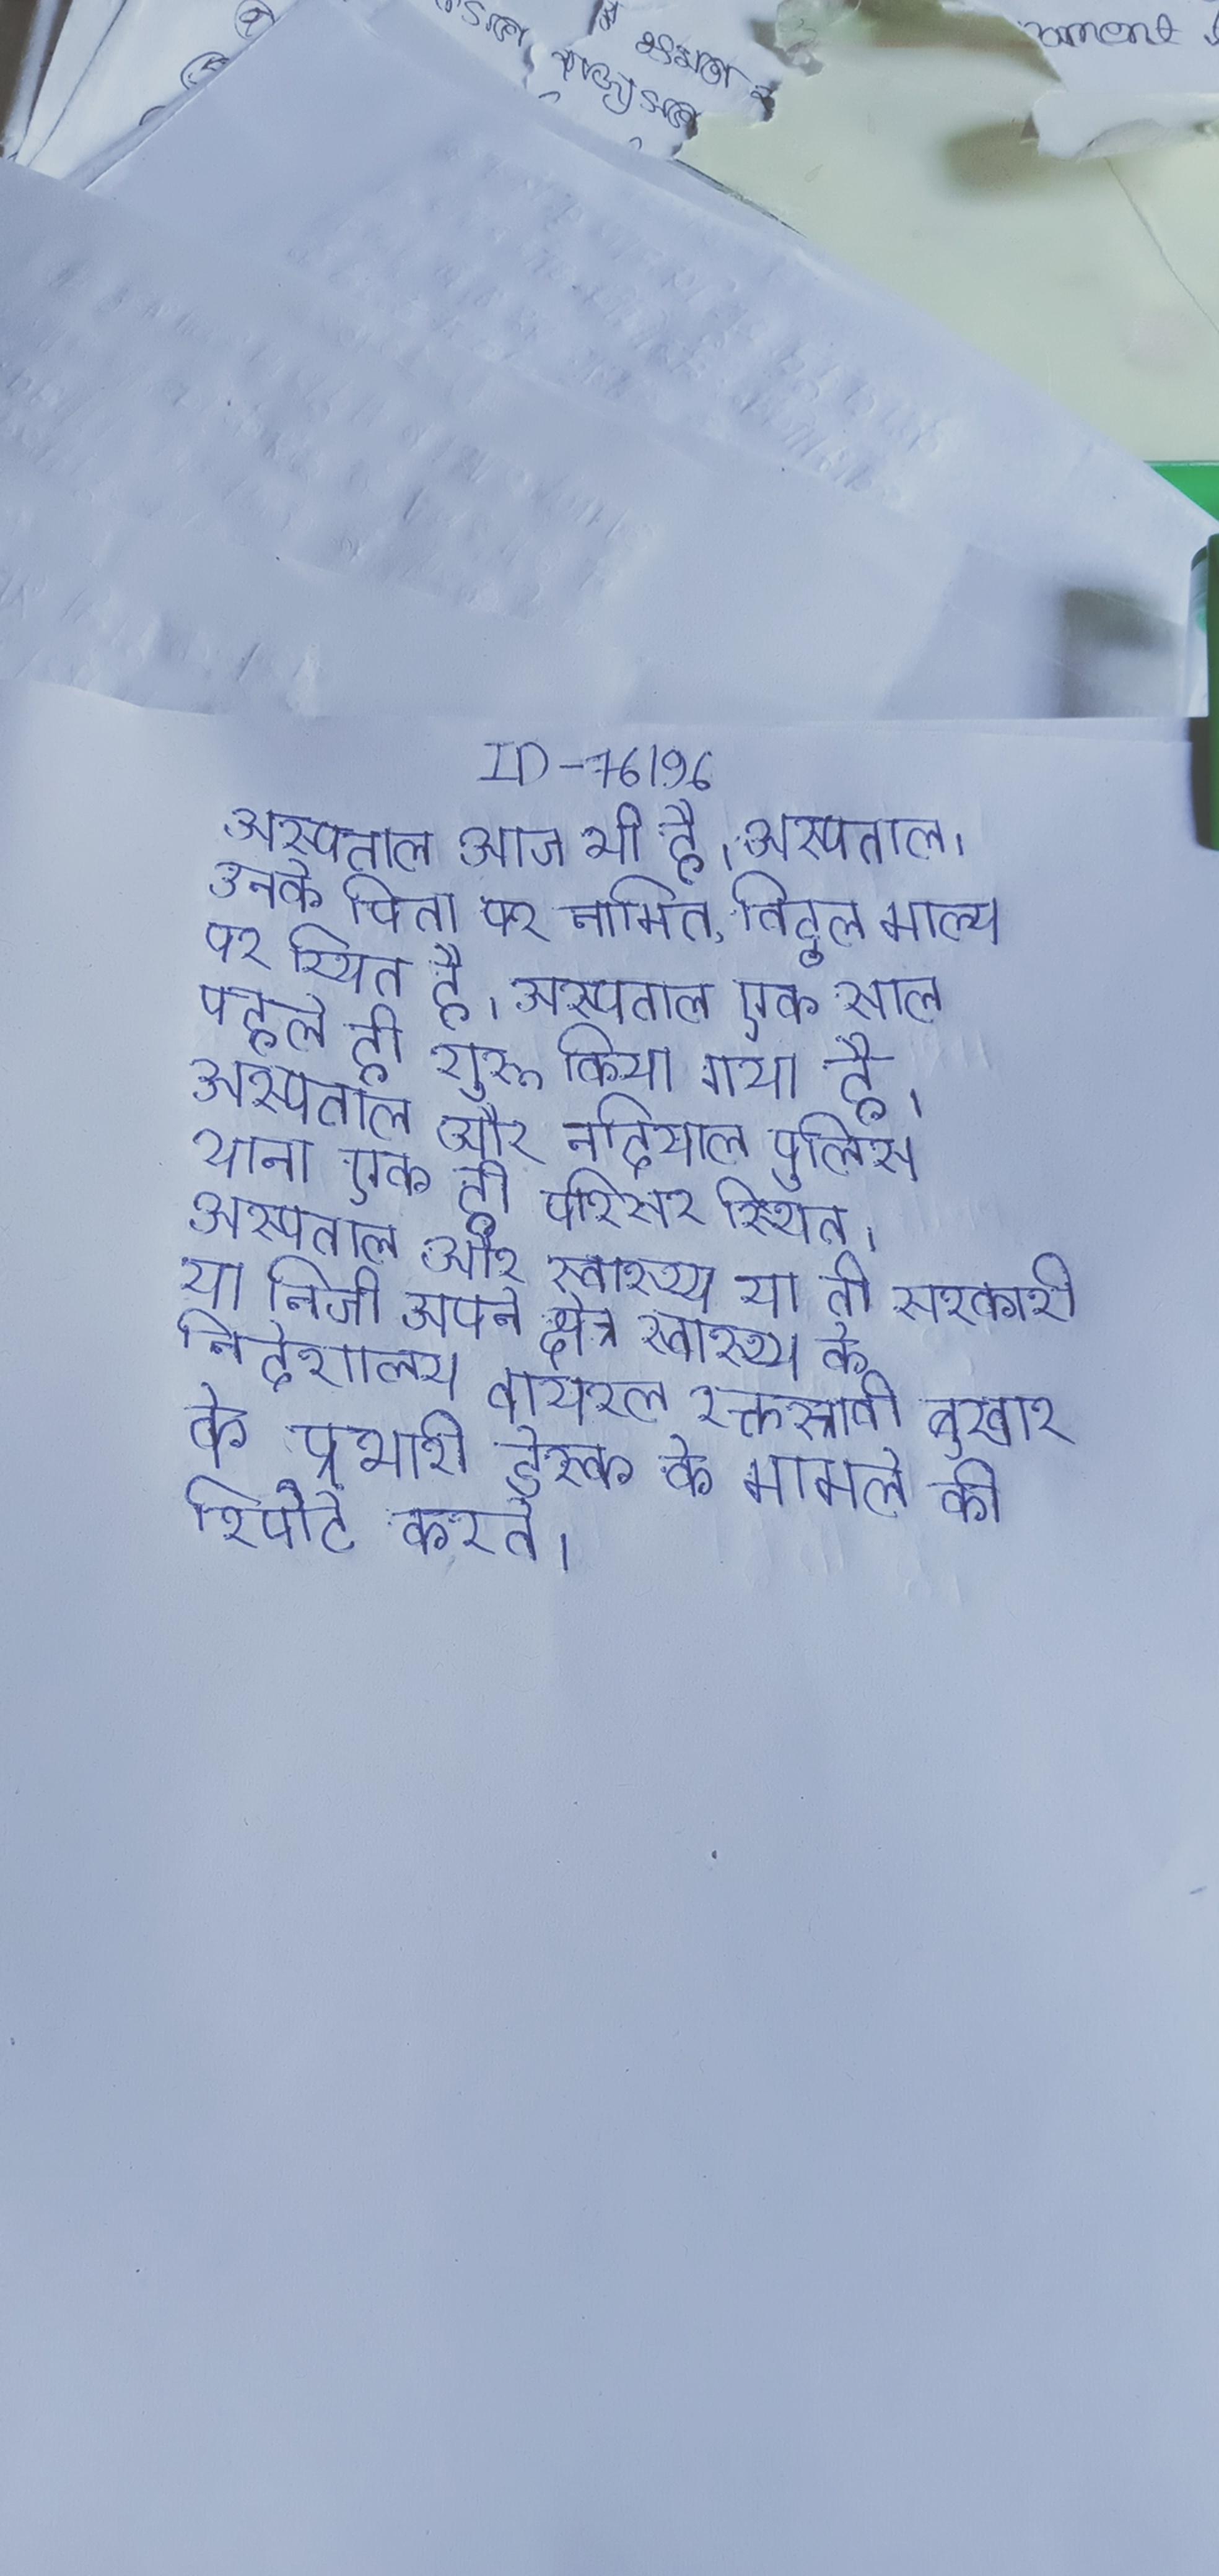
अस्पताल आज भी है । अस्पताल, उनके पिता पर नामित, विट्ठल माल्या पर स्थित है । अस्पताल एक साल पहले ही शुरू किया गया है । अस्पताल और नदियाल पुलिस थाना एक ही परिसर स्थित । अस्पताल और स्वास्थ्य या तो सरकारी या निजी, अपने क्षेत्र स्वास्थ्य के निदेशालय वायरल रक्तस्रावी बुखार के प्रभारी डेस्क को मामले की रिपोर्ट करते ।